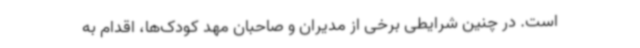
است. در چنین شرایطی برخی از مدیران و صاحبان مهد کودک‌ها، اقدام به